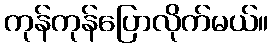
ကုန်ကုန်ပြောလိုက်မယ်။